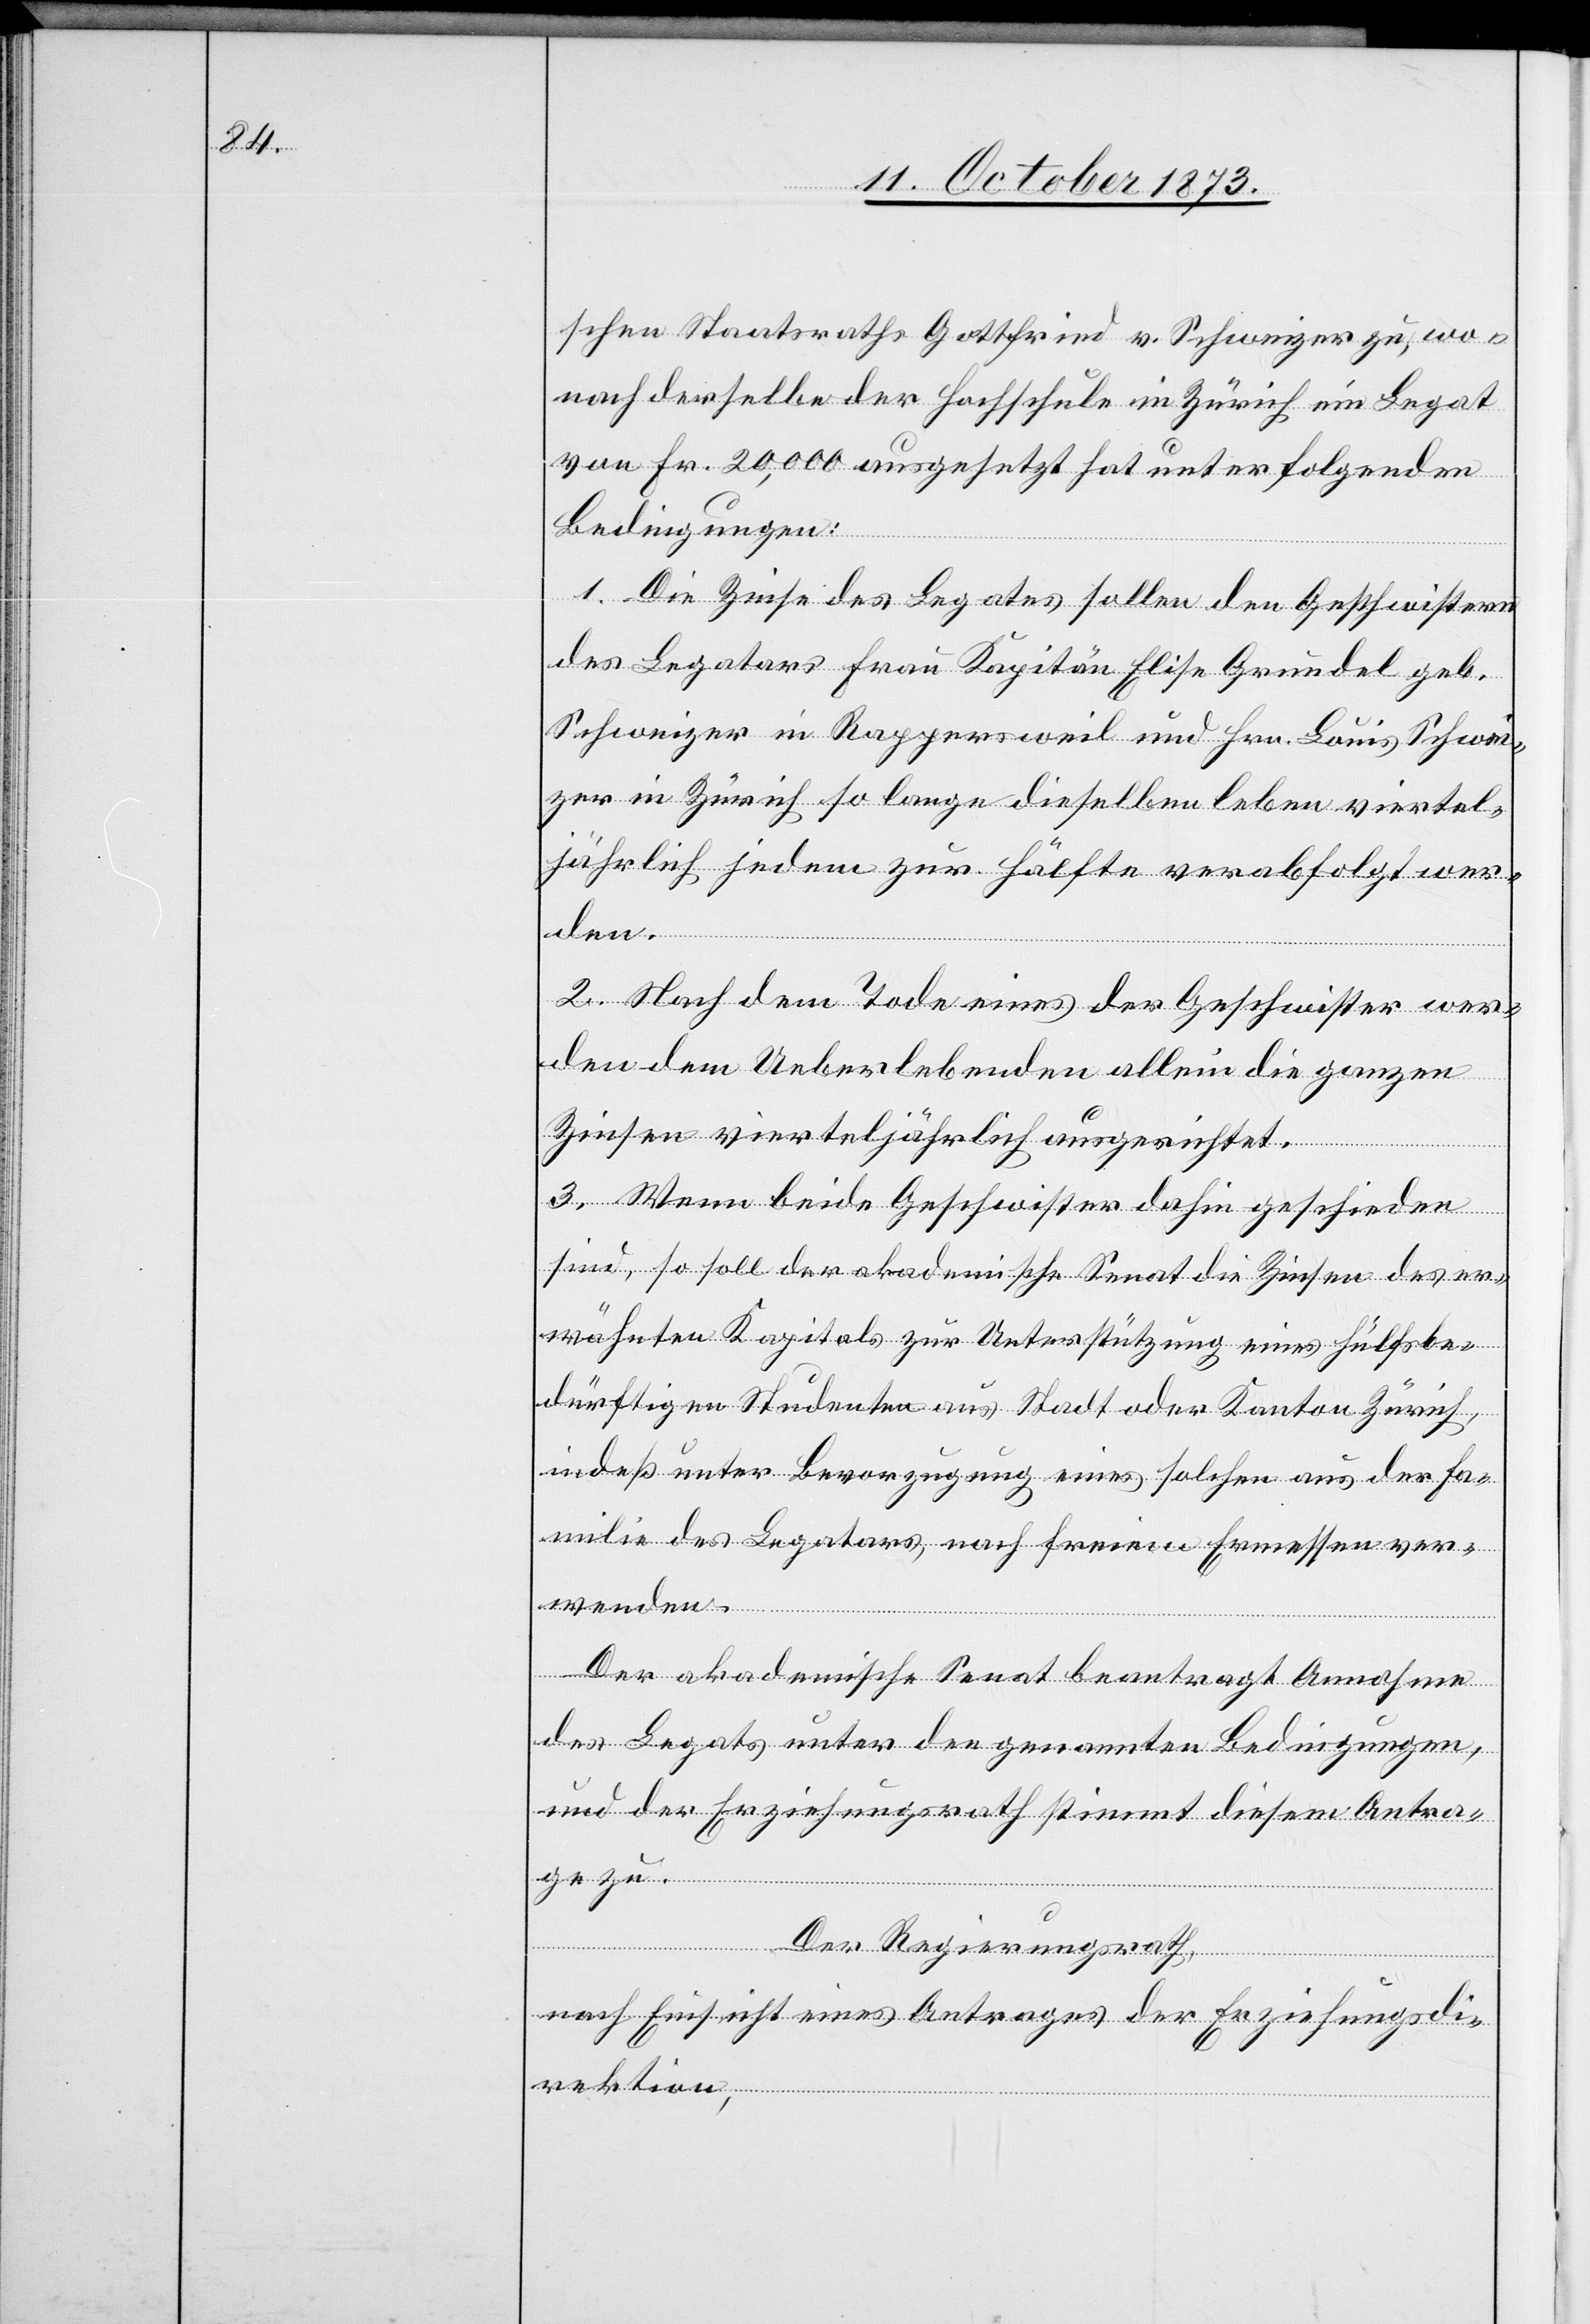
schen Staatsraths Gottfried v. Schweizer zu, wo¬
nach derselbe der Hochschule in Zürich ein Legat
von Fr. 20,000 ausgesetzt hat unter folgenden
Bedingungen:
1. Die Zinse des Legates sollen den Geschwistern
des Legatars Frau Kapitän Elise Grundel geb.
Schweizer in Rappersweil und Hrn. Louis Schwei¬
zer in Zürich so lange dieselben leben viertel¬
jährlich jedem zur Hälfte verabfolgt wer¬
den.
2. Nach dem Tode eines der Geschwister wer¬
den dem Ueberlebenden allein die ganzen
Zinsen vierteljährlich ausgerichtet.
3. Wenn beide Geschwister dahin geschieden
sind, so soll der akademische Senat die Zinsen des er¬
wähnten Kapitals zur Unterstützung eines hülfsbe¬
dürftigen Studenten aus Stadt oder Kanton Zürich,
indeß unter Bevorzugung eines solchen aus der Fa¬
milie des Legatars, nach freiem Ermessen ver¬
wenden.
Der akademische Senat beantragt Annahme
des Legats unter den genannten Bedingungen,
und der Erziehungsrath stimmt diesem Antra¬
ge zu.
Der Regierungsrath,
nach Einsicht eines Antrages der Erziehungsdi¬
rektion,